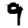
Digit: 9